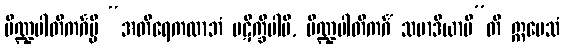
ပိဏ္ဍပါတိကင်္ဂမ္ပိ “အတိရေကလာဘံ ပဋိက္ခိပါမိ, ပိဏ္ဍပါတိကင်္ဂံ သမာဒိယာမီ”တိ ဣမေသံ